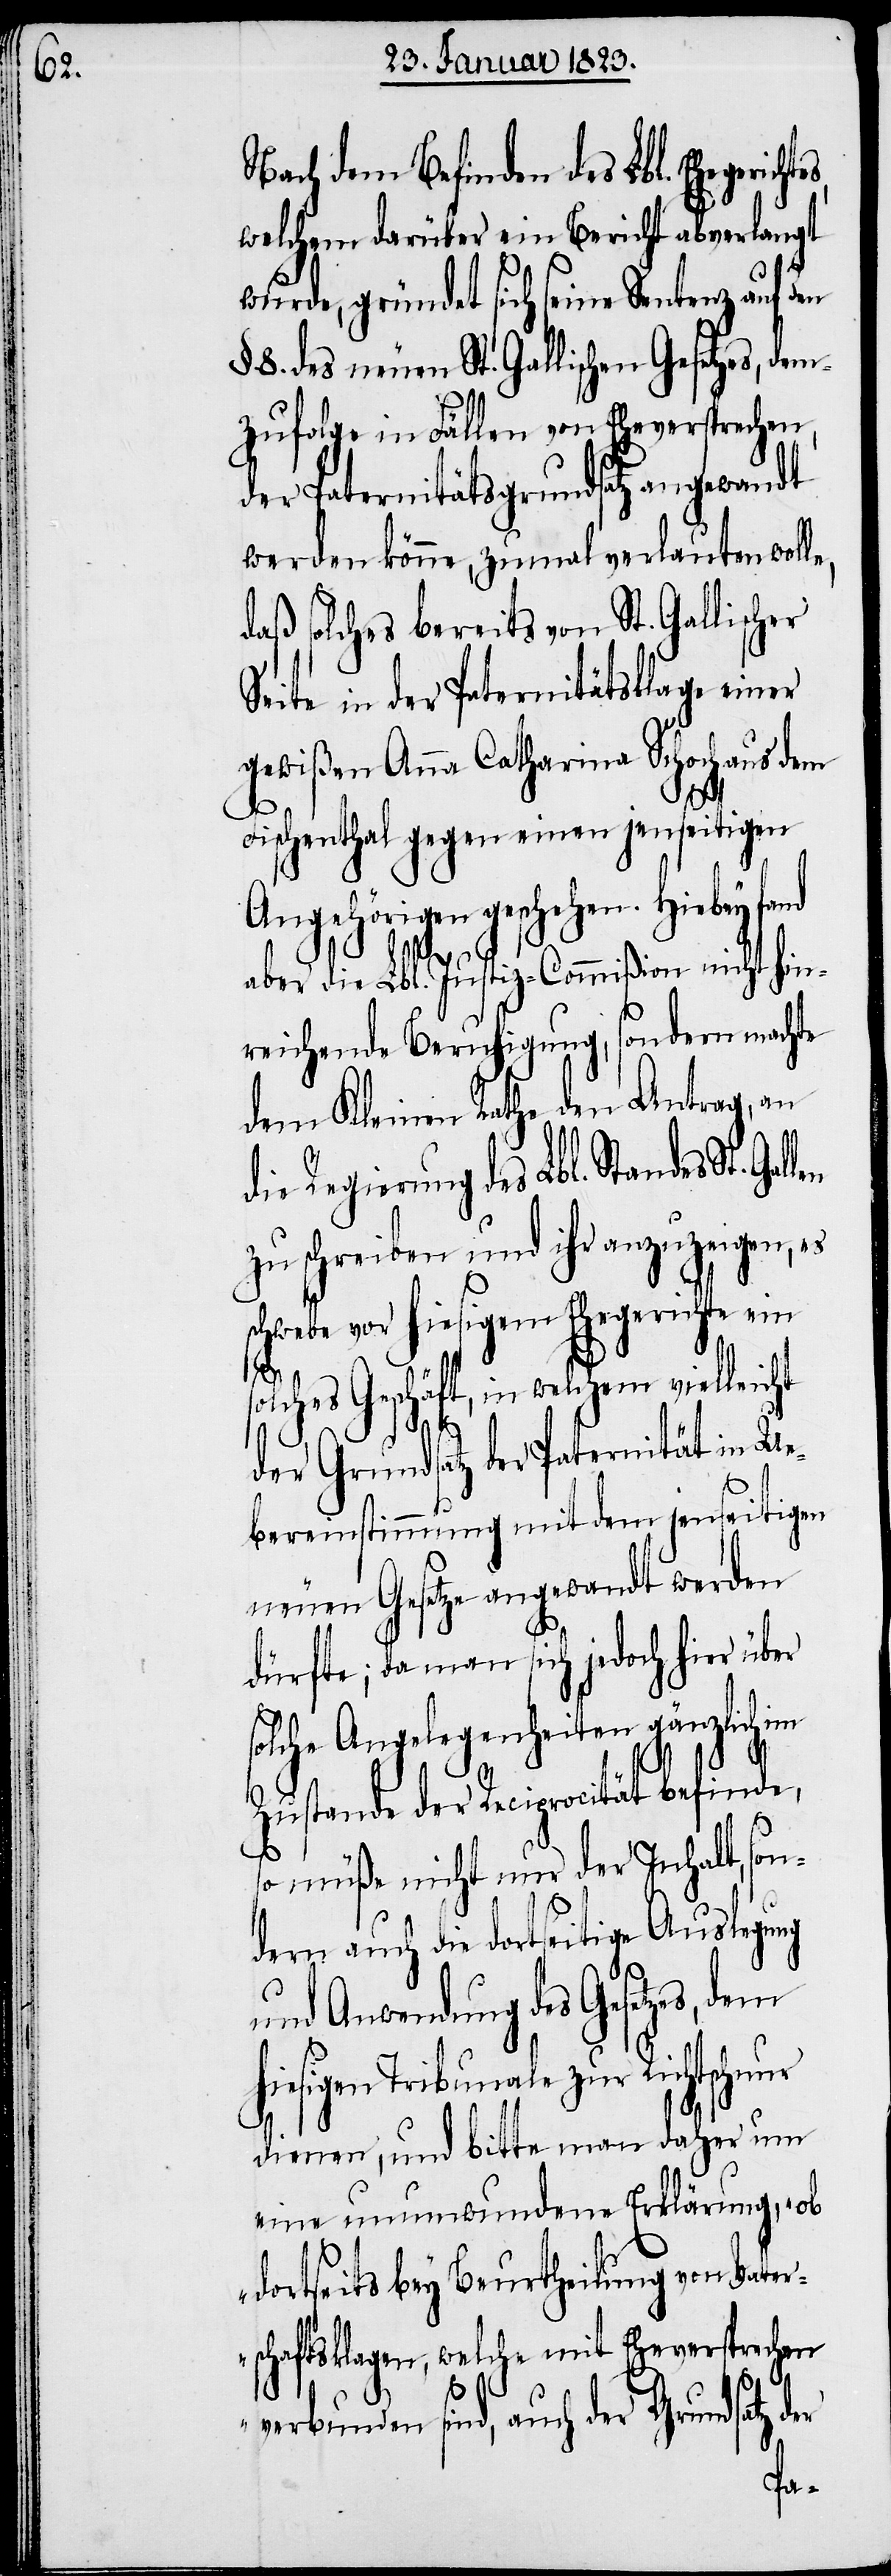
Nach dem Befinden des Lbl. Eheger¬
welchem darüber ein Bericht abverlangt
wurde, gründet sich seine Sentenz auf den
8. des neuen St. Gallischen Gesetzes, dem¬
zufolge in Fällen von Eheversprechen,
der Paternitätsgrundsatz angewandt
werden könne, zumal verlauten woll¬
daß solches bereits von St. Gallischer
Seite in der Paternitätsklage einer
gewißen Anna Catharina Schoch aus dem
Fischenthal gegen einen jenseitigen
Angehörigen geschehen. Hiebey fand
dem h¬
aber die Lbl. Justiz-Commißion nicht hin¬
reichende Beruhigung, sondern machte
dem Kleinen Rathe den Antrag, an
die Regierung des Lbl. Standes
zu schreiben und ihr anzuzeigen, es
schwebe vor hiesigem Ehegerichte ein
s¬
olches Geschäft, in welchem
der Grundsatz der Paternität in Ue¬
bereinstimmung mit dem jenseitigen
neuen Gesetze angewandt werden
dürfte; da man sich jedoch hier über
solche Angelegenheiten gänzlich im
Zustande der Reciprocität befinde,
so müße nicht nur der Inhalt, son¬
dern auch die dortseitige
und Anwendung des Gesetzes,
iesigen Tribunale zur Richtschn¬
dienen, und bitte man daher um
eine unumwundene Erklärung, „ob
dortseits bey Beurtheilung von Vater¬
schaftsklagen, welche mit Eheversprechen
ur
verbunden sind, auch der Grundsatz der
Ga¬